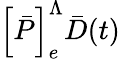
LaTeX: \left[\bar{P}\right]_{e}^{\Lambda}\bar{D}(t)